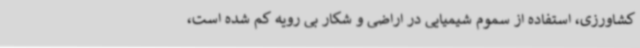
کشاورزی، استفاده از سموم شیمیایی در اراضی و شکار بی رویه کم شده است،